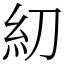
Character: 糿